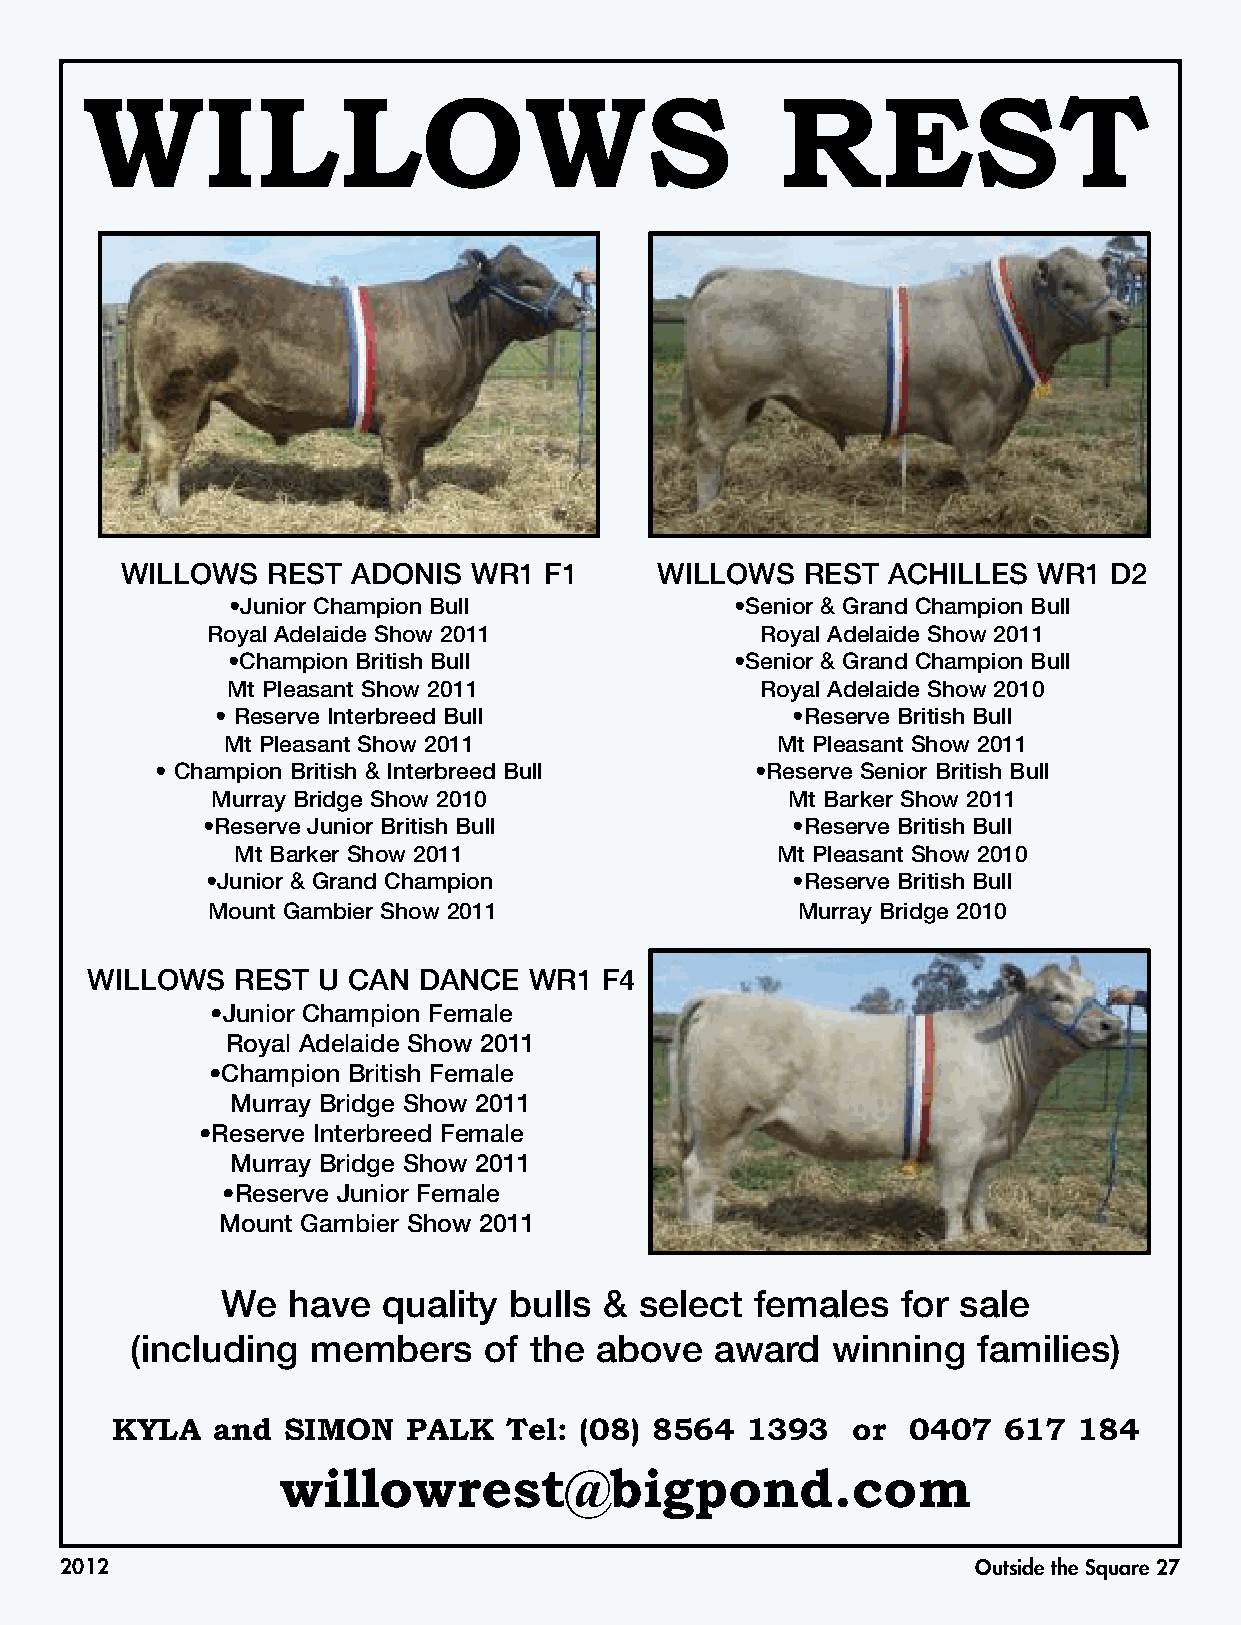
WILLOWS                                        REST
 WILLOWS   REST ADONIS  WR1  F1     WILLOWS   REST  ACHILLES  WR1 D2
 •Junior Champion Bull             •Senior & Grand Champion Bull
 Royal Adelaide Show 2011            Royal Adelaide Show 2011
 •Champion British Bull            •Senior & Grand Champion Bull
 Mt Pleasant Show 2011              Royal Adelaide Show 2010
 • Reserve Interbreed Bull             •Reserve British Bull
 Mt Pleasant Show 2011               Mt Pleasant Show 2011
 • Champion British & Interbreed Bull    •Reserve Senior British Bull
 Murray Bridge Show 2010               Mt Barker Show 2011
 •Reserve Junior British Bull           •Reserve British Bull
 Mt Barker Show 2011                Mt Pleasant Show 2010
 •Junior & Grand Champion              •Reserve British Bull
 Mount Gambier Show 2011                Murray Bridge 2010
 WILLOWS  REST  U CAN  DANCE  WR1  F4
 •Junior Champion Female
 Royal Adelaide Show 2011
 •Champion British Female
 Murray Bridge Show 2011
 •Reserve Interbreed Female
 Murray Bridge Show 2011
 •Reserve Junior Female
 Mount Gambier Show 2011
 We  have  quality  bulls & select  females   for sale
 (including  members    of the above   award   winning   families)
 KYLA   and  SIMON   PALK  Tel: (08) 8564  1393   or  0407  617  184
 willowrest@bigpond.com
 2012                                                         Outside the Square 27